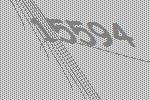
15594